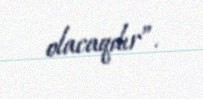
olacaqdır”.